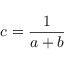
c = \frac { 1 } { a + b }